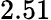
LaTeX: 2.51